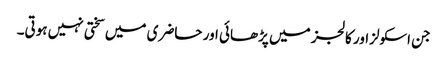
جن اسکولزاور کالجز میں پڑھائی اور حاضری میں سختی نہیں ہوتی۔